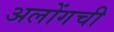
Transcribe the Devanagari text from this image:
अलोंगची